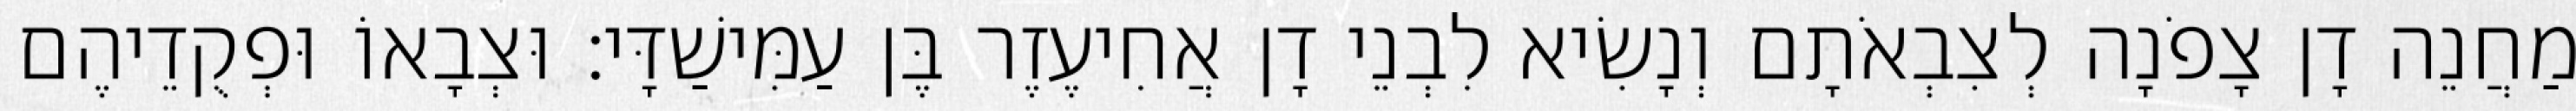
מַחֲנֵה דָן צָפֹנָה לְצִבְאֹתָם וְנָשִׂיא לִבְנֵי דָן אֲחִיעֶזֶר בֶּן עַמִּישַׁדָּי׃ וּצְבָאוֹ וּפְקֻדֵיהֶם